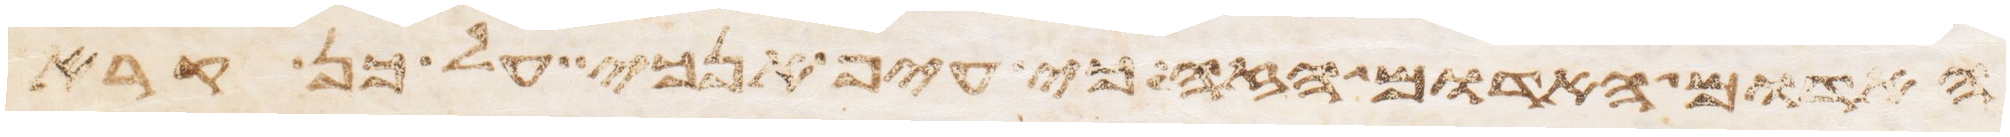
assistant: האדום האדם הזה כי עיף אנכי על כן קרא